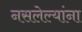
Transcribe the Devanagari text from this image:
नसलेल्यांना